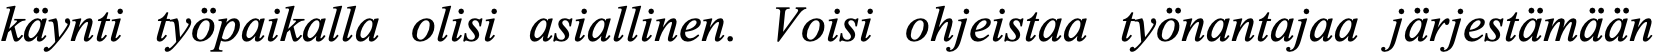
käynti työpaikalla olisi asiallinen. Voisi ohjeistaa työnantajaa järjestämään